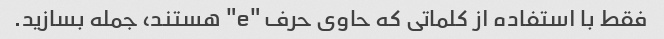
فقط با استفاده از کلماتی که حاوی حرف "e" هستند، جمله بسازید.